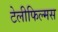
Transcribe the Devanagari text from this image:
टेलीफिल्मस